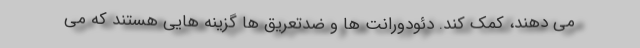
می دهند، کمک کند. دئودورانت ها و ضدتعریق ها گزینه هایی هستند که می